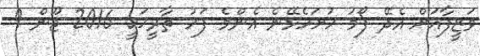
ވަޒީފާއަށް އެދޭ ފޯމު ހުށަހެޅޭނެ އެންމެ ފަހު ތާރީޚަކީ 2016 ޖޫން 9